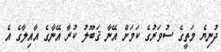
ދުނިޔެ މަތީގެ ސުވަރުގެ ކަމަށް އޭނާ ޤަބޫލު ކުރާ އޭނާގެ އާއިލާގެ އެ